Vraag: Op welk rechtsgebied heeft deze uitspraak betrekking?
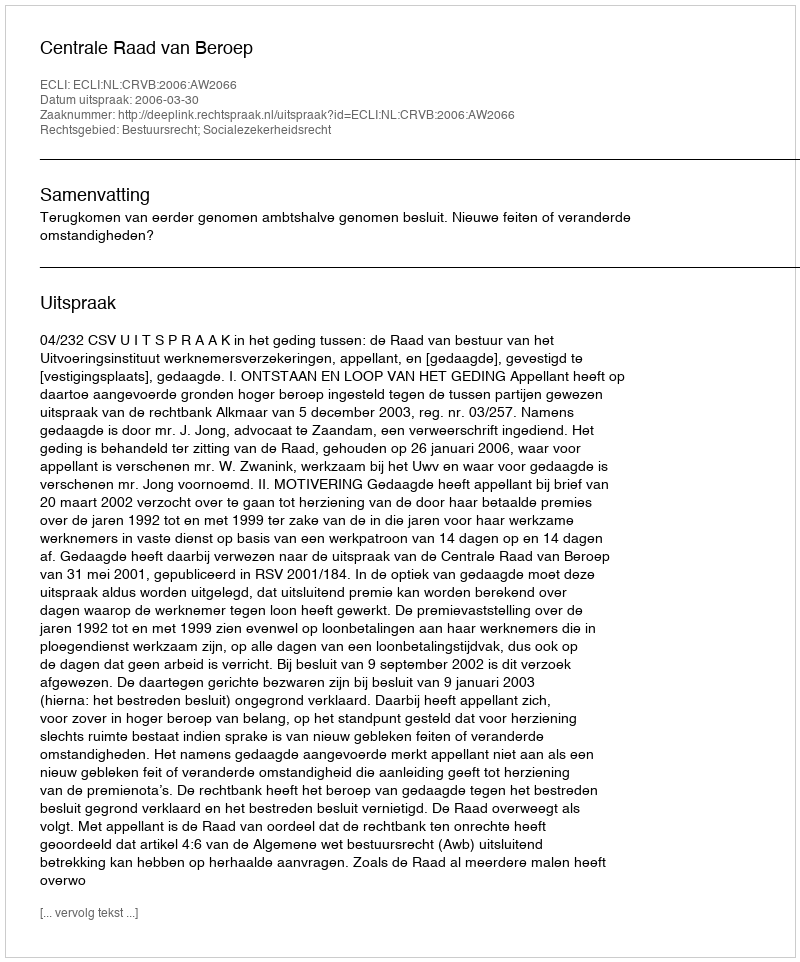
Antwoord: Bestuursrecht; Socialezekerheidsrecht